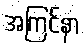
အကြင်နာ